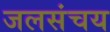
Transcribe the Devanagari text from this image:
जलसंचय